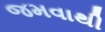
જમવાથી